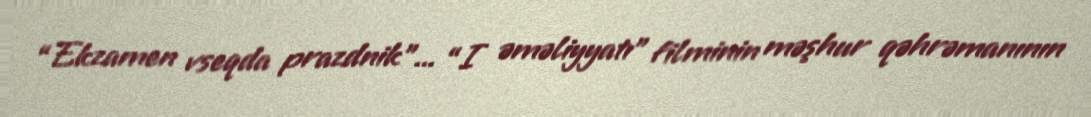
“Ekzamen vseqda prazdnik”... “I əməliyyatı” filminin məşhur qəhrəmanının